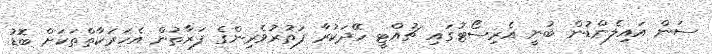
ސަން އައިލެންޑުން ބުނީ އެރިސޯޓުގައި ޗުއްޓީ ހޭދަކުރާ ފަތުރުވެރިންގެ ފަރާތުން އެހަރަކާތްތަކަށް ބޮޑު